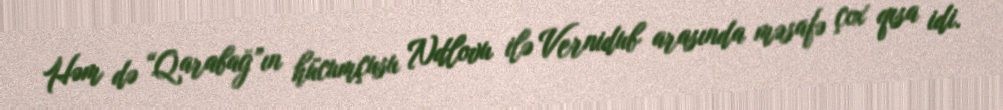
Həm də “Qarabağ”ın hücumçusu Ndlovu ilə Vernidub arasında məsafə çox qısa idi.